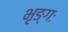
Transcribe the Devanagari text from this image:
भृङ्गः